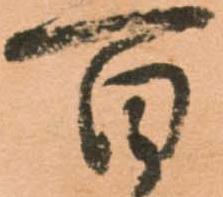
百